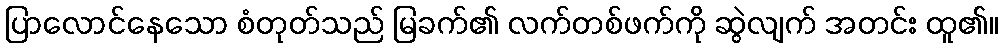
ပြာလောင်နေသော စံတုတ်သည် မြခက်၏ လက်တစ်ဖက်ကို ဆွဲလျက် အတင်း ထူ၏။